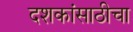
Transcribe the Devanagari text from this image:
दशकांसाठीचा